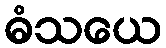
ဓံသယေ